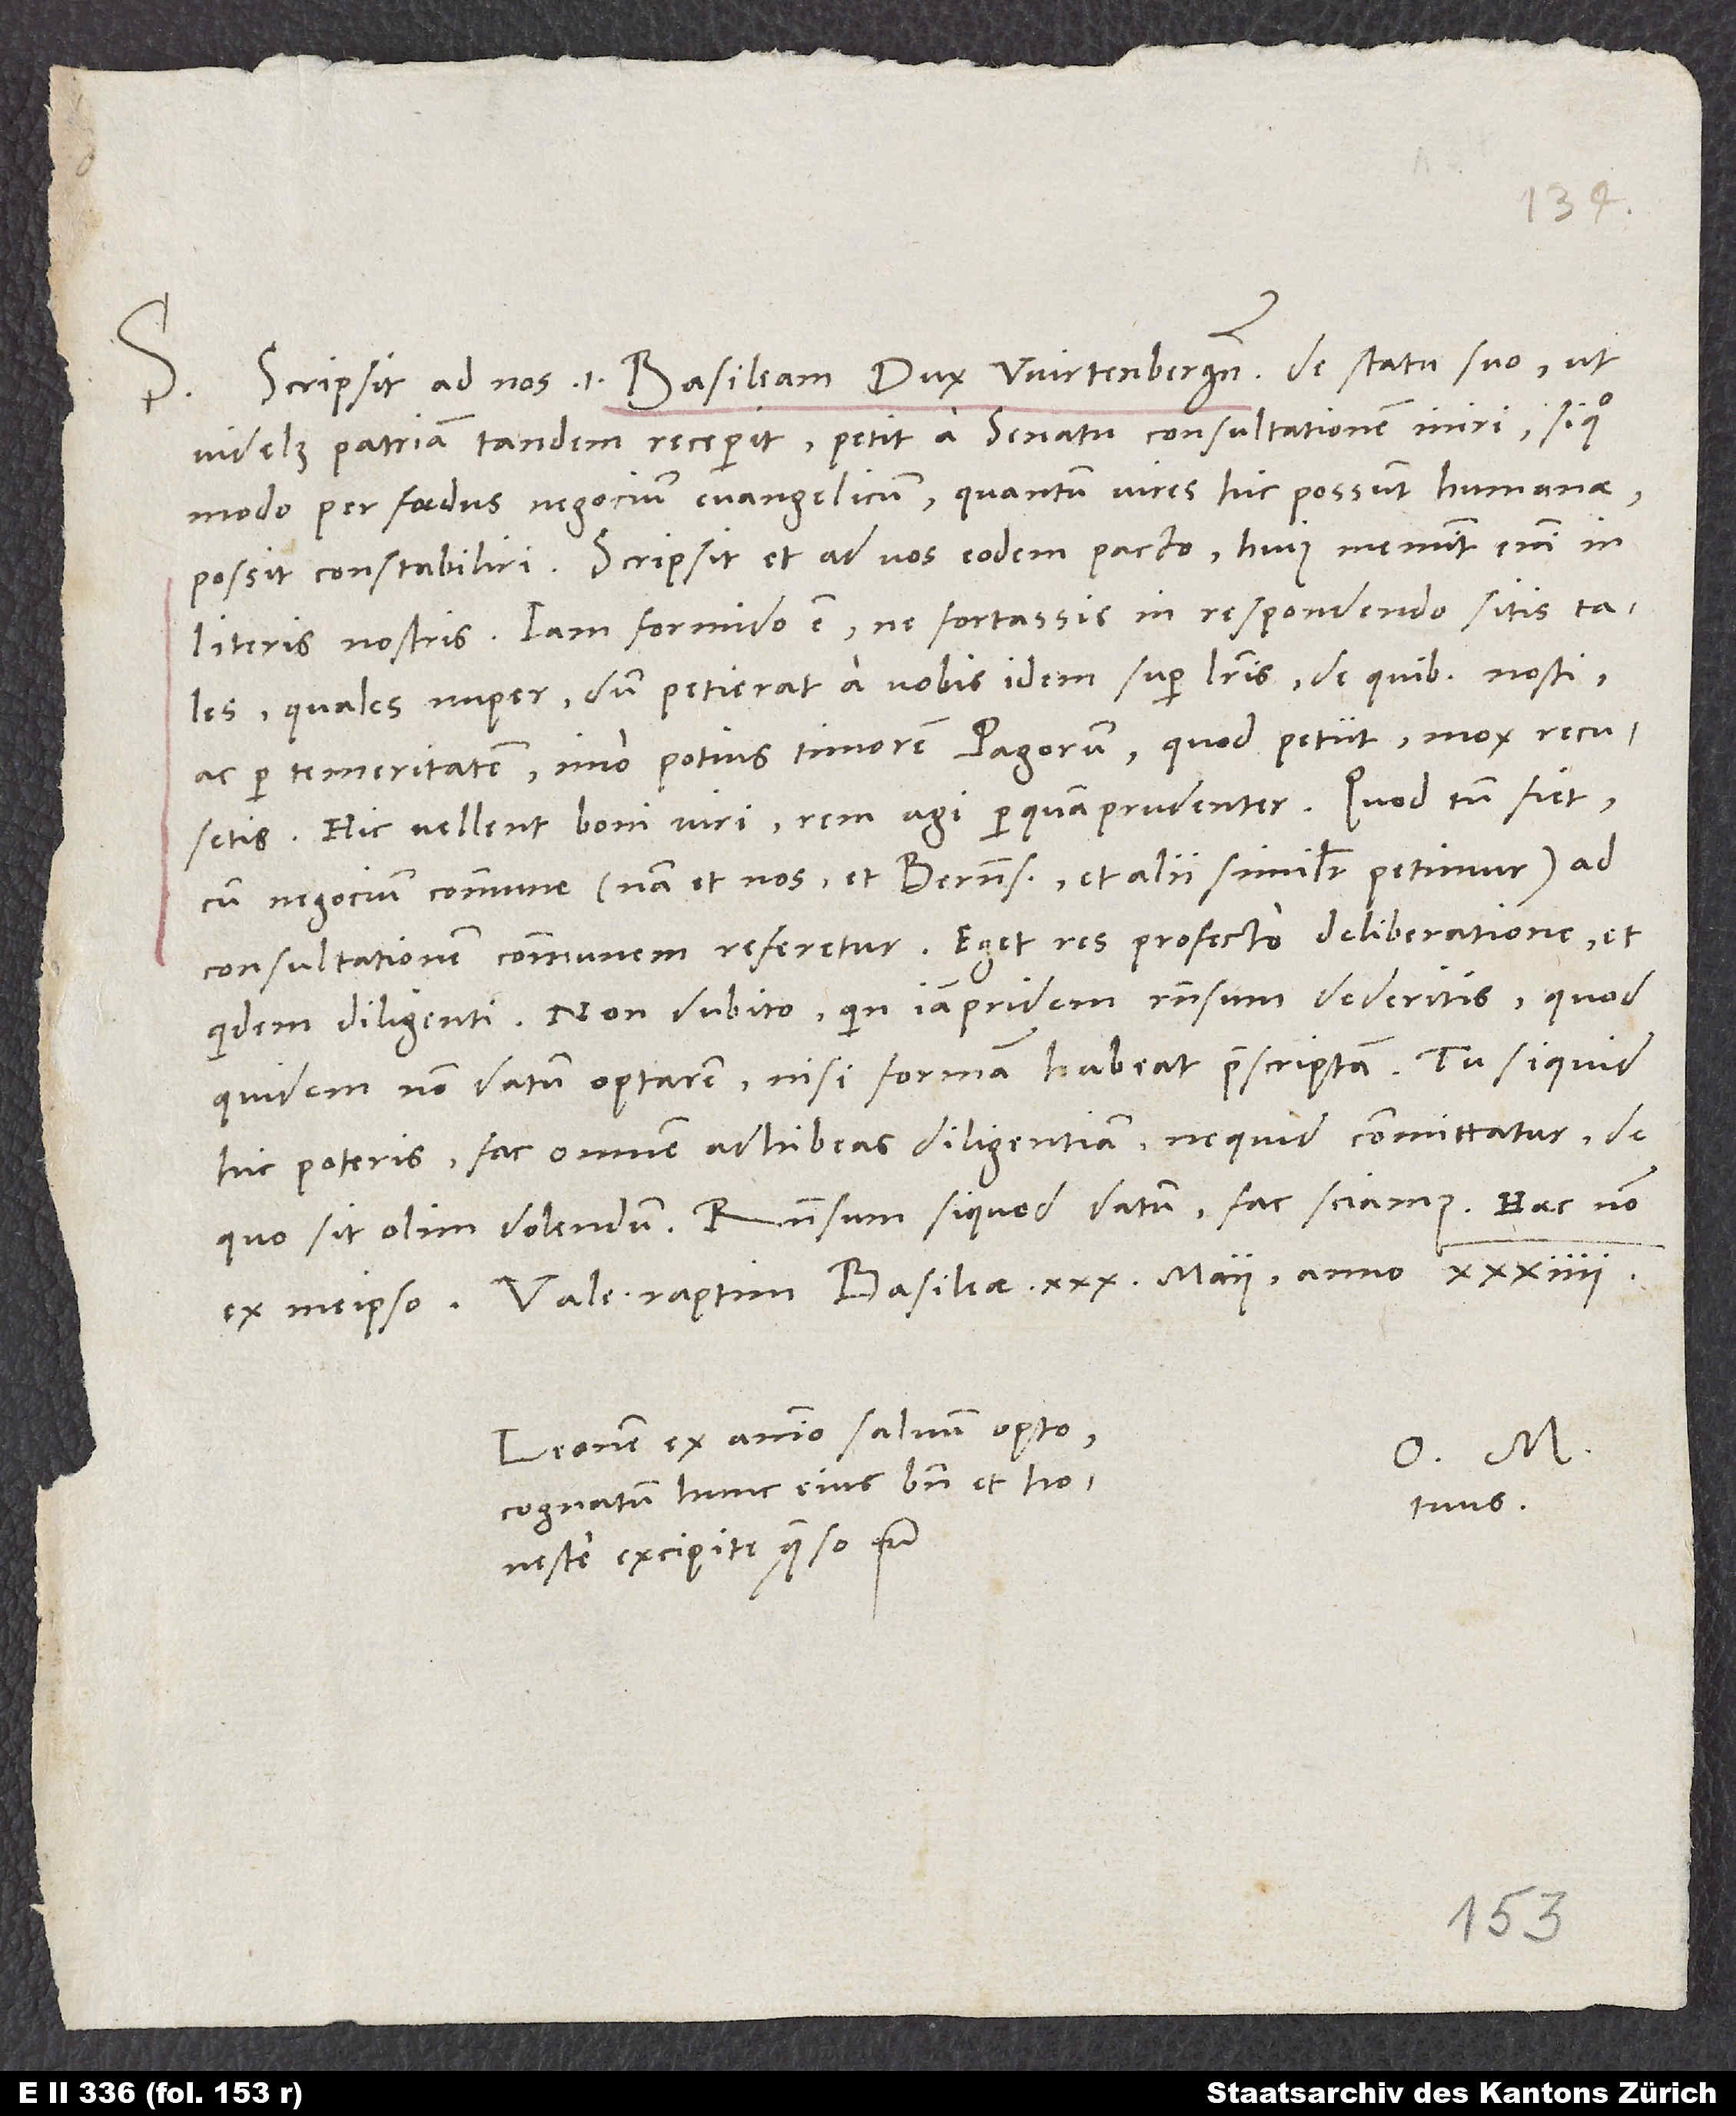
S. Scripsit ad nos, id est Basileam, dux Wirtenbergensis de statu suo, ut
videlicet patriam tandem receperit. Petit a senatu consultationem iniri, si quo
modo per foedus negocium evangelicum, quantum vires hic possunt humanae,
possit constabiliri. Scripsit et ad vos eodem pacto. Huius meminit enim in
literis nostris. Iam formido est, ne fortassis in respondendo sitis tales,
quales nuper, dum petierat a vobis idem super literis, de quibus nosti,
ac per temeritatem, imo potius timorem Pagorum, quod petiit, mox recusetis.
Hic vellent boni viri rem agi perquam prudenter. Quod tamen fiet,
cum negocium commune (nam et nos et Bernenses et alii similiter petimur) ad
consultationem communem referetur. Eget res profecto deliberatione, et
quidem diligenti. Non dubito, quin iam pridem responsum dederitis. Quod
quidem non datum optarem, nisi formam habeat praescriptam. Tu si quid
hic poteris, fac omnem adhibeas diligentiam, ne quid committatur, de
quo sit olim dolendum. Responsum si quod datum, fac sciamus Haec non
Leonem ex animo salvum opto,
O. M.
cognatum hunc eius bene et
tuus.
honeste excipite, quaeso etc.